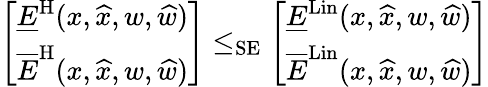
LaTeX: \left[\begin{array}{l}{\underline{{E}}^{\mathrm{H}}(x,\widehat{x},w,\widehat{w})}\\ {\overline{{E}}^{\mathrm{H}}(x,\widehat{x},w,\widehat{w})}\end{array}\right]\le_{\mathrm{SE}}\left[\begin{array}{l}{\underline{{E}}^{\mathrm{Lin}}(x,\widehat{x},w,\widehat{w})}\\ {\overline{{E}}^{\mathrm{Lin}}(x,\widehat{x},w,\widehat{w})}\end{array}\right]